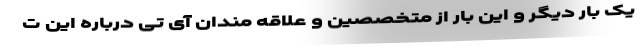
یک بار دیگر و این بار از متخصصین و علاقه مندان آی تی درباره این ت